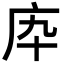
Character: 𢇥